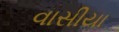
વાસીયા